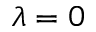
\lambda = 0